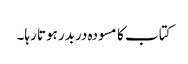
کتاب کا مسودہ دربدر ہوتا رہا۔